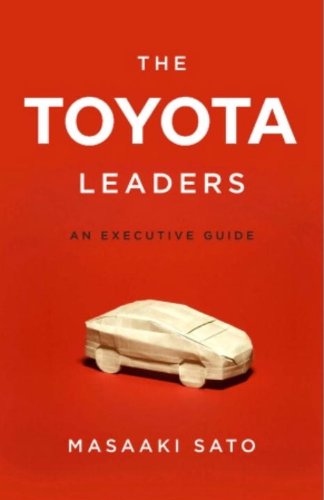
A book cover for The Toyota Leaders: An Executive Guide; Masaaki Sato; Business & Money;